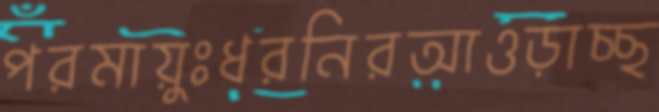
পরমায়ুঃধরনিরআওড়াচ্ছ